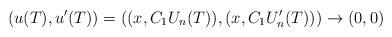
LaTeX: \begin{align*}(u(T), u' (T)) =((x, C_1U_n(T)), (x, C_1U_n'(T)))\rightarrow (0, 0)\end{align*}